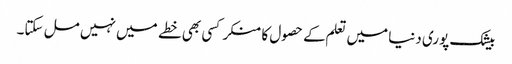
بیشک پوری دنیا میں تعلم کے حصول کا منکر کسی بھی خطے میں نہیں مل سکتا۔